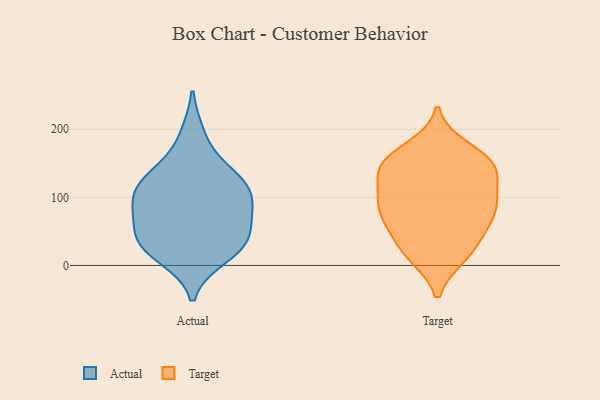
{"axis": {"x": "Budget (USD K)", "y": "Value"}, "legend": ["Actual", "Target"], "data": [{"x": "", "y": 41, "type": "Actual"}, {"x": "", "y": 66, "type": "Actual"}, {"x": "", "y": 13, "type": "Actual"}, {"x": "", "y": 27, "type": "Actual"}, {"x": "", "y": 125, "type": "Actual"}, {"x": "", "y": 38, "type": "Actual"}, {"x": "", "y": 100, "type": "Actual"}, {"x": "", "y": 27, "type": "Actual"}, {"x": "", "y": 191, "type": "Actual"}, {"x": "", "y": 85, "type": "Actual"}, {"x": "", "y": 82, "type": "Actual"}, {"x": "", "y": 111, "type": "Actual"}, {"x": "", "y": 139, "type": "Actual"}, {"x": "", "y": 123, "type": "Actual"}, {"x": "", "y": 147, "type": "Target"}, {"x": "", "y": 153, "type": "Target"}, {"x": "", "y": 90, "type": "Target"}, {"x": "", "y": 92, "type": "Target"}, {"x": "", "y": 171, "type": "Target"}, {"x": "", "y": 27, "type": "Target"}, {"x": "", "y": 46, "type": "Target"}, {"x": "", "y": 73, "type": "Target"}, {"x": "", "y": 87, "type": "Target"}, {"x": "", "y": 65, "type": "Target"}, {"x": "", "y": 15, "type": "Target"}, {"x": "", "y": 135, "type": "Target"}, {"x": "", "y": 150, "type": "Target"}, {"x": "", "y": 149, "type": "Target"}, {"x": "", "y": 92, "type": "Target"}, {"x": "", "y": 15, "type": "Target"}, {"x": "", "y": 127, "type": "Target"}]}